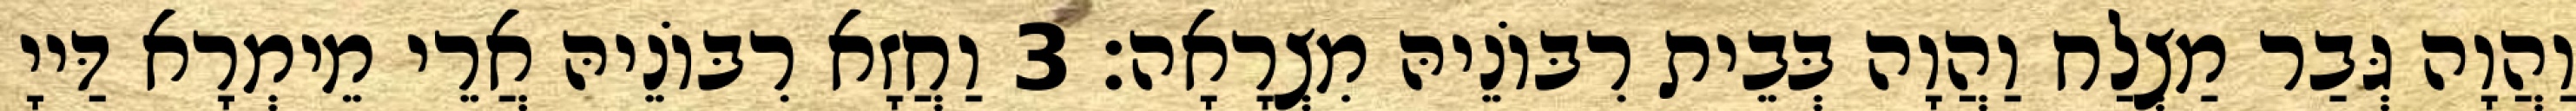
וַהֲוָה גְּבַר מַצְלַח וַהֲוָה בְּבֵית רִבּוֹנֵיהּ מִצְרָאָה׃ 3 וַחֲזָא רִבּוֹנֵיהּ אֲרֵי מֵימְרָא דַּייָ